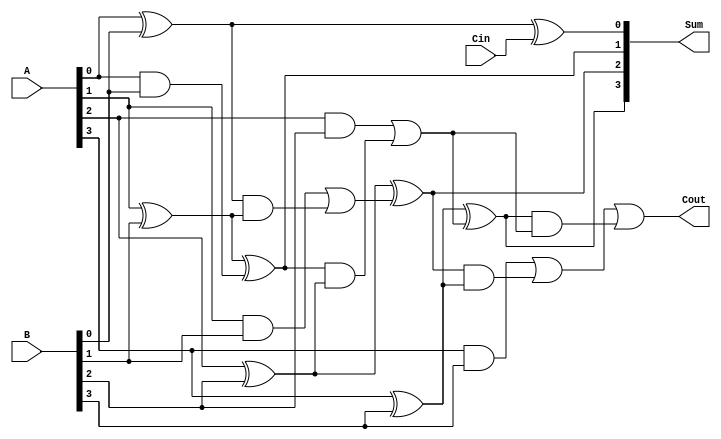
module carry_lookahead_adder (

    input [3:0] A,
    input [3:0] B,
    input Cin,
    output [3:0] Sum,
    output Cout
);

wire [3:0] P, G; // propagate and generate signals
wire [3:0] C;

// generate generate and propagate signals
assign P[0] = A[0] ^ B[0];
assign G[0] = A[0] & B[0];
assign P[1] = A[1] ^ B[1] ^ G[0];
assign G[1] = (A[1] & B[1]) | (P[0] & (A[1] ^ B[1]));
assign P[2] = A[2] ^ B[2] ^ G[1];
assign G[2] = (A[2] & B[2]) | (P[1] & (A[2] ^ B[2]));
assign P[3] = A[3] ^ B[3] ^ G[2];
assign G[3] = (A[3] & B[3]) | (P[2] & (A[3] ^ B[3]));

// calculate sum and carry-out signals
assign Sum[0] = A[0] ^ B[0] ^ Cin;
assign Sum[1] = A[1] ^ B[1] ^ G[0];
assign Sum[2] = A[2] ^ B[2] ^ G[1];
assign Sum[3] = A[3] ^ B[3] ^ G[2];

assign C[0] = G[0] | (P[0] & Cin);
assign C[1] = G[1] | (P[1] & G[0]);
assign C[2] = G[2] | (P[2] & G[1]);
assign C[3] = G[3] | (P[3] & G[2]);

assign Cout = C[3];

endmodule